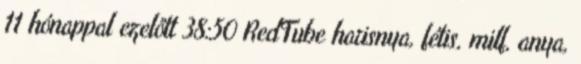
11 hónappal ezelőtt 38:50 RedTube harisnya, fétis, milf, anya,